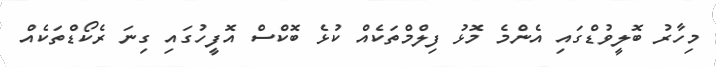
މިހާރު ބޮލީވުޑްގައި އެންމެ މޮޅު ފިލްމްތަކެއް ކުޅެ ބޮކްސް އޮފީހުގައި ގިނަ ރެކޯޑްތަކެއް